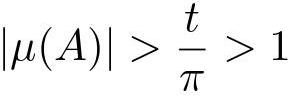
\[|\mu(A)| > \frac{t}{\pi} > 1\]